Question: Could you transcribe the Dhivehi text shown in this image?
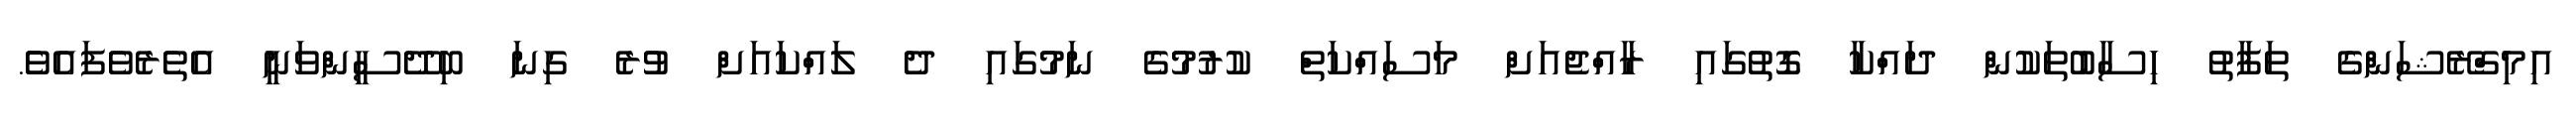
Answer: އިމިގްރޭޝަންގެ ތަފާތު ހިސާބުތަކުން ދައްކާ ގޮތުގައި ރާއްޖެއަށް މަސައްކަތް ކުރުމުގެ ނަމުގައި ދެ ލައްކައަށް ވުރެ ގިނަ ބިދޭސީންވަނީ އެތެރެވެފައެވެެ.